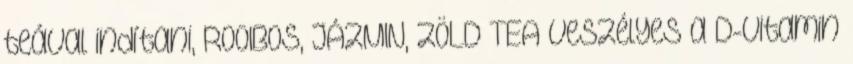
teával indítani, ROOIBOS, JÁZMIN, ZÖLD TEA Veszélyes a D-vitamin